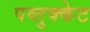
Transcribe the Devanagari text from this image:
पव्तुक्केट